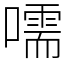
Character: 嚅